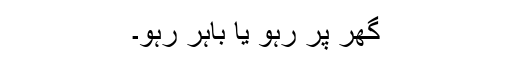
گھر پر رہو یا باہر رہو۔